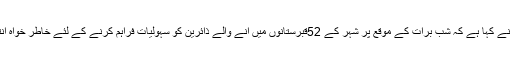
میئر کراچی وسیم اختر نے کہا ہے کہ شب برأت کے موقع پر شہر کے 52قبرستانوں میں آنے والے ذائرین کو سہولیات فراہم کرنے کے لئے خاطر خواہ انتظامات کئے گئے ہیں۔